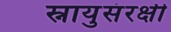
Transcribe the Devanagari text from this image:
स्नायुसंरक्षी